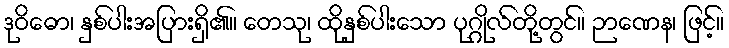
ဒုဝိဓော၊ နှစ်ပါးအပြားရှိ၏။ တေသု၊ ထိုနှစ်ပါးသော ပုဂ္ဂိုလ်တို့တွင်။ ဉာဏေန၊ ဖြင့်။